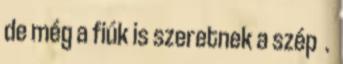
de még a fiúk is szeretnek a szép .